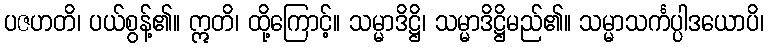
ပဇဟတိ၊ ပယ်စွန့်၏။ ဣတိ၊ ထို့ကြောင့်။ သမ္မာဒိဋ္ဌိ၊ သမ္မာဒိဋ္ဌိမည်၏။ သမ္မာသင်္ကပ္ပါဒယောပိ၊